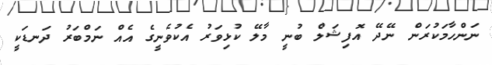
ނަންހާމަކުރަން ނޭދޭ އޮފިޝަލް ބުނީ މާލޭ ކުޅިވަރު އެކުވެނީގެ އެއް ނަމްބަރު ދަނޑަކީ